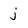
Character: j